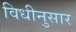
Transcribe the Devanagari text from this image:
विधीनुसार